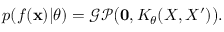
p ( f ( \mathbf { x } ) | \theta ) = \mathcal { G P } \big ( \mathbf { 0 } , K _ { \theta } ( X , X ^ { \prime } ) \big ) .